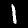
Label: 1